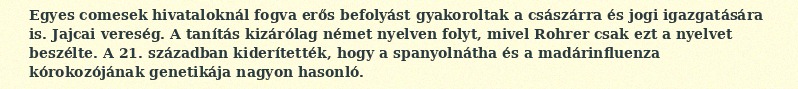
Egyes comesek hivataloknál fogva erős befolyást gyakoroltak a császárra és jogi igazgatására is. Jajcai vereség. A tanítás kizárólag német nyelven folyt, mivel Rohrer csak ezt a nyelvet beszélte. A 21. században kiderítették, hogy a spanyolnátha és a madárinfluenza kórokozójának genetikája nagyon hasonló.